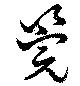
筦